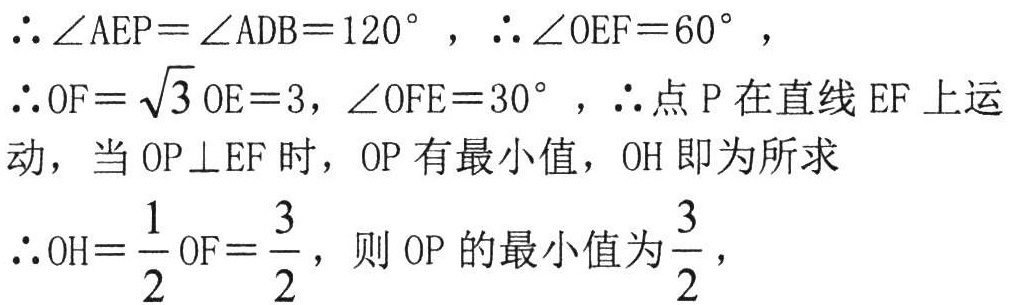
$\therefore \angle AEP=\angle ADB = 120^{\circ},\therefore \angle OEF = 60^{\circ},$
$\therefore OF = \sqrt{3}OE = 3,\angle OFE = 30^{\circ},\therefore$点$P$在直线$EF$上运动，当$OP\perp EF$时，$OP$有最小值，$OH$即为所求
$\therefore OH=\dfrac{1}{2}OF=\dfrac{3}{2}$，则$OP$的最小值为$\dfrac{3}{2}$，